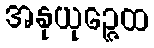
အနုယုဉ္ဇေထ